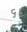
૬૮